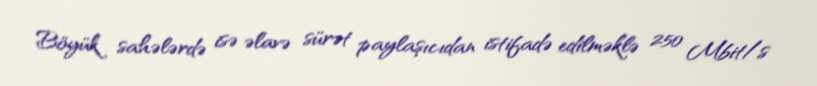
Böyük sahələrdə isə əlavə sürət paylaşıcıdan istifadə edilməklə 250 Mbit/s